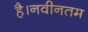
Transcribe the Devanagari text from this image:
है।नवीनतम